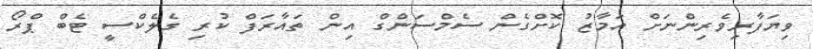
ވިޔަފާރިވެރިންނަށް އަމާޒު ކޮށްގެން ސެމްސަންގް އިން ތައާރަފް ކުރި ގެލެކްސީ ޓެބް ޕްރޯ